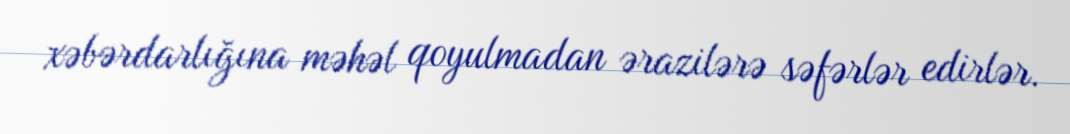
xəbərdarlığına məhəl qoyulmadan ərazilərə səfərlər edirlər.